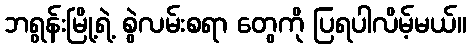
ဘရွန်းမြို့ရဲ့ စွဲလမ်းစရာ တွေကို ပြရပါလိမ့်မယ်။